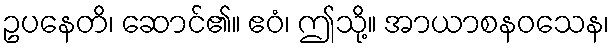
ဥပနေတိ၊ ဆောင်၏။ ဧဝံ၊ ဤသို့။ အာယာစနဝသေန၊